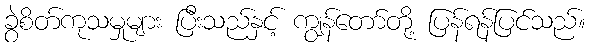
ခွဲစိတ်ကုသမှုများ ပြီးသည်နှင့် ကျွန်တော်တို့ ပြန်ရန်ပြင်သည်။